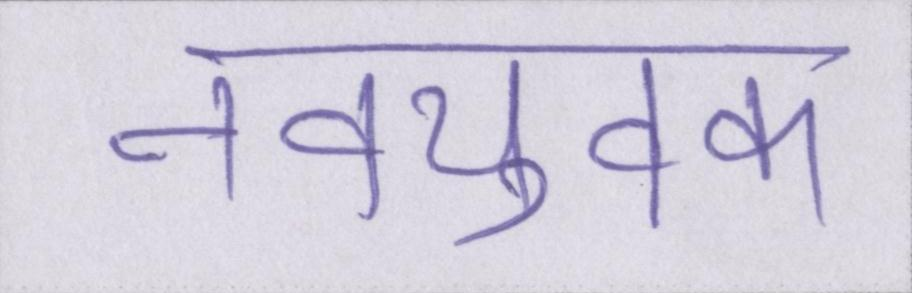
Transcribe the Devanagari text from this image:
नवयुवक